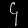
Digit: ၄